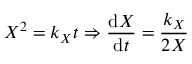
X ^ { 2 } = k _ { X } t \Rightarrow \frac { \mathrm { d } X } { \mathrm { d } t } = \frac { k _ { X } } { 2 X }